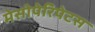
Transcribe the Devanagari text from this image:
मेसोपेरिपेटस